画像に写った文字を読んでください
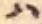
「ハ」と書いてあります